Senior Leaving Certificate Examination (including Day School Certificate (Higher) General paper), 1946
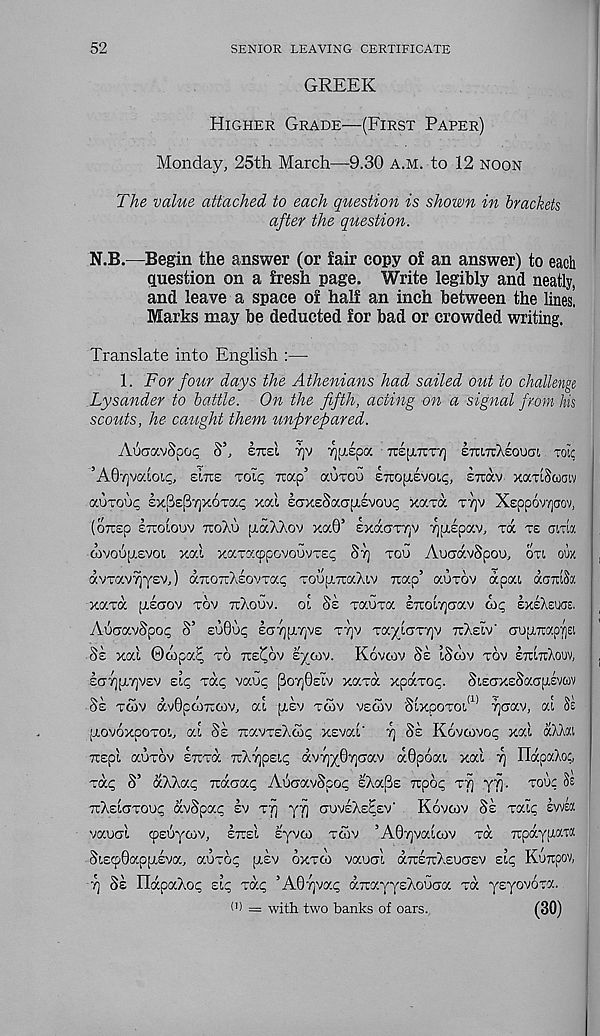
52
SENIOR LEAVING CERTIFICATE
GREEK
Higher Grade—(First Paper)
Monday, 25th March—9.30 a.m. to 12 noon
The value attached to each question is shown in brackets
after the question.
N.B.—Begin the answer (or fair copy of an answer) to each
question on a fresh page. Write legibly and neatly,
and leave a space of half an inch between the lines.
Marks may be deducted for bad or crowded writing.
Translate into English :—
1. For four days the Athenians had sailed out to challenge
Lysander to battle. On the fifth, acting on a signal from his
scouts, he caught them unprepared.
AoaavSpo^ S’, knel v]v fiyipoc TrepiTrTT) ETttrcXeoucn, roic
’AQrjVC/.ioLc, sLtc tolc; Trap’ au-rou £7ro[xevoi.<;, sirav xaTtSoocw
auToo<; sx(3s(il7)x6Ta<; xal IcrxeSaapiEvoui; xaxa t-)]v Xsppowjaov,
(oTUEp ItTOIOUV TTOXl) {lO.Xh.OV Xa0’ IxaaTTjV T^pLEpaV, Ta T8 CTLTia
aivoSpisvoi xal xaracppovoows^ St] too AocravSpou, otl oux
dvTavTjysv,) diroTiAsovTap ToufiTiaXiv Trap’ auxov dpai ocomSx
xard pieaov tov ttAouv. ol Se xauxa ETroi7]CTav oi<; ExsAsuar.
AuaavSpo? S’ euSoi; OTr i (j.T i VE xtjv royicjTVjv ttAeIv' (7U[LTtapy)Ei
Se xal ©oopa^ xo tte^ov eycov. Kovrov Ss iScov xov ettIttAouv,
oty][L7)Vsv sit; xd^ vaop poTjOsiv xaxd xpdxoc;. SiECTXsSaCTjLSvcov
Se xcov dv0pcoTTCOv, al [lev xcov vecov SlxpoxotA yjgov, at Se
[Lovoxpoxot, at Se TravxEXco^ xEvat' tj Se Kovcovoi; xal dAAat
Tcspl auxov ETrxd TrA7]p£i£; dvrjydvjcov d0poat xal r] IldpaXoc,
xd<; S’ ohlo.c, Tuxaoc, AucravSpoi; sAa^s Trpoi; xf] yf]. xour Se
TrAEtcrxoui; dvSpac ev xt) yy guveAe^ev' Kovrov Se xati; svvea
vaual cpsuytov, ItteI syvto xcov ’A0y]vattov xd irpayfiata
SiscpOapjLEva, auxo;; [lev oxxto vaunt aTrETrAEUGEV Etc; Kunpov,
-7) Se HapaAoi; Etc xdp ’A07)va^ d-TrayysAouna xd ysyovoxa.
(') = with two banks of oars.
(30)